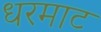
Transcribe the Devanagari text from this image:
धरमाट